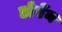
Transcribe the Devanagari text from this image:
डोर्पेन